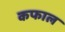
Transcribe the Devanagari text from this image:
कफाल